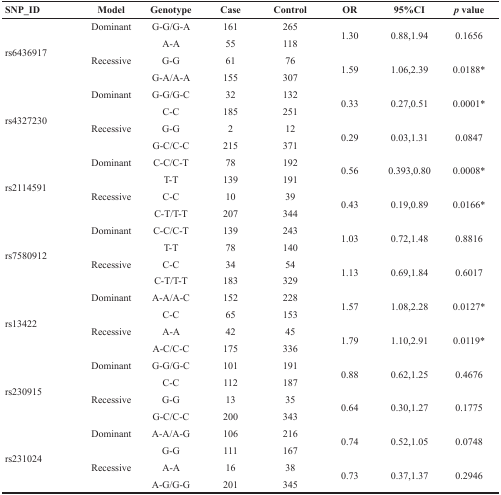
<table><thead><tr><td><b>SNP_ID</b></td><td><b>Model</b></td><td><b>Genotype</b></td><td><b>Case</b></td><td><b>Control</b></td><td><b>OR</b></td><td><b>95%CI</b></td><td><b><i>p</i> value</b></td></tr></thead><tbody><tr><td rowspan="4">rs6436917</td><td rowspan="2">Dominant</td><td>G-G/G-A</td><td>161</td><td>265</td><td rowspan="2">1.30</td><td rowspan="2">0.88,1.94</td><td rowspan="2">0.1656</td></tr><tr><td>A-A</td><td>55</td><td>118</td></tr><tr><td rowspan="2">Recessive</td><td>G-G</td><td>61</td><td>76</td><td rowspan="2">1.59</td><td rowspan="2">1.06,2.39</td><td rowspan="2">0.0188*</td></tr><tr><td>G-A/A-A</td><td>155</td><td>307</td></tr><tr><td rowspan="4">rs4327230</td><td rowspan="2">Dominant</td><td>G-G/G-C</td><td>32</td><td>132</td><td rowspan="2">0.33</td><td rowspan="2">0.27,0.51</td><td rowspan="2">0.0001*</td></tr><tr><td>C-C</td><td>185</td><td>251</td></tr><tr><td rowspan="2">Recessive</td><td>G-G</td><td>2</td><td>12</td><td rowspan="2">0.29</td><td rowspan="2">0.03,1.31</td><td rowspan="2">0.0847</td></tr><tr><td>G-C/C-C</td><td>215</td><td>371</td></tr><tr><td rowspan="4">rs2114591</td><td rowspan="2">Dominant</td><td>C-C/C-T</td><td>78</td><td>192</td><td rowspan="2">0.56</td><td rowspan="2">0.393,0.80</td><td rowspan="2">0.0008*</td></tr><tr><td>T-T</td><td>139</td><td>191</td></tr><tr><td rowspan="2">Recessive</td><td>C-C</td><td>10</td><td>39</td><td rowspan="2">0.43</td><td rowspan="2">0.19,0.89</td><td rowspan="2">0.0166*</td></tr><tr><td>C-T/T-T</td><td>207</td><td>344</td></tr><tr><td rowspan="4">rs7580912</td><td rowspan="2">Dominant</td><td>C-C/C-T</td><td>139</td><td>243</td><td rowspan="2">1.03</td><td rowspan="2">0.72,1.48</td><td rowspan="2">0.8816</td></tr><tr><td>T-T</td><td>78</td><td>140</td></tr><tr><td rowspan="2">Recessive</td><td>C-C</td><td>34</td><td>54</td><td rowspan="2">1.13</td><td rowspan="2">0.69,1.84</td><td rowspan="2">0.6017</td></tr><tr><td>C-T/T-T</td><td>183</td><td>329</td></tr><tr><td rowspan="4">rs13422</td><td rowspan="2">Dominant</td><td>A-A/A-C</td><td>152</td><td>228</td><td rowspan="2">1.57</td><td rowspan="2">1.08,2.28</td><td rowspan="2">0.0127*</td></tr><tr><td>C-C</td><td>65</td><td>153</td></tr><tr><td rowspan="2">Recessive</td><td>A-A</td><td>42</td><td>45</td><td rowspan="2">1.79</td><td rowspan="2">1.10,2.91</td><td rowspan="2">0.0119*</td></tr><tr><td>A-C/C-C</td><td>175</td><td>336</td></tr><tr><td rowspan="4">rs230915</td><td rowspan="2">Dominant</td><td>G-G/G-C</td><td>101</td><td>191</td><td rowspan="2">0.88</td><td rowspan="2">0.62,1.25</td><td rowspan="2">0.4676</td></tr><tr><td>C-C</td><td>112</td><td>187</td></tr><tr><td rowspan="2">Recessive</td><td>G-G</td><td>13</td><td>35</td><td rowspan="2">0.64</td><td rowspan="2">0.30,1.27</td><td rowspan="2">0.1775</td></tr><tr><td>G-C/C-C</td><td>200</td><td>343</td></tr><tr><td rowspan="4">rs231024</td><td rowspan="2">Dominant</td><td>A-A/A-G</td><td>106</td><td>216</td><td rowspan="2">0.74</td><td rowspan="2">0.52,1.05</td><td rowspan="2">0.0748</td></tr><tr><td>G-G</td><td>111</td><td>167</td></tr><tr><td rowspan="2">Recessive</td><td>A-A</td><td>16</td><td>38</td><td rowspan="2">0.73</td><td rowspan="2">0.37,1.37</td><td rowspan="2">0.2946</td></tr><tr><td>A-G/G-G</td><td>201</td><td>345</td></tr></tbody></table>